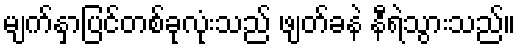
မျက်နှာပြင်တစ်ခုလုံးသည် ဖျတ်ခနဲ နီရဲသွားသည်။